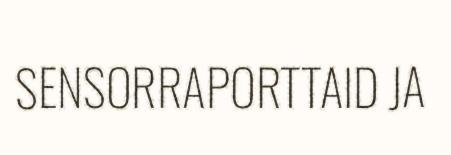
SENSORRAPORTTAID JA